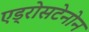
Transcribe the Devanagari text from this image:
एड्रोसटेनोन